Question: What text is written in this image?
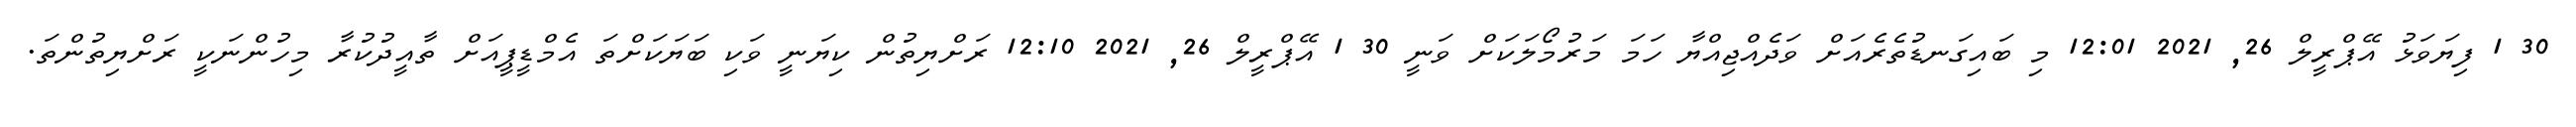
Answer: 30 1 ފިޔަވަޅު އޭޕްރީލް 26, 2021 12:01 މި ބައިގަނޑުތެރެއަށް ވަދެއްޖިއްޔާ ހަމަ މަރުމޯލަކަށް ވަނީ 30 1 އޭޕްރީލް 26, 2021 12:10 ރަށްޔިތުން ކިޔަނީ ވަކި ބަޔަކަށްތަ އެމްޑީޕީއަށް ތާއީދުކުރާ މިހުންނަކީ ރަށްޔިތުންތަ.